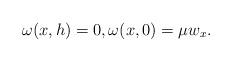
LaTeX: \begin{align*} \omega(x,h)=0, \omega(x,0)= \mu w_x.\end{align*}